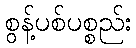
စွန့်ပစ်ပစ္စည်း